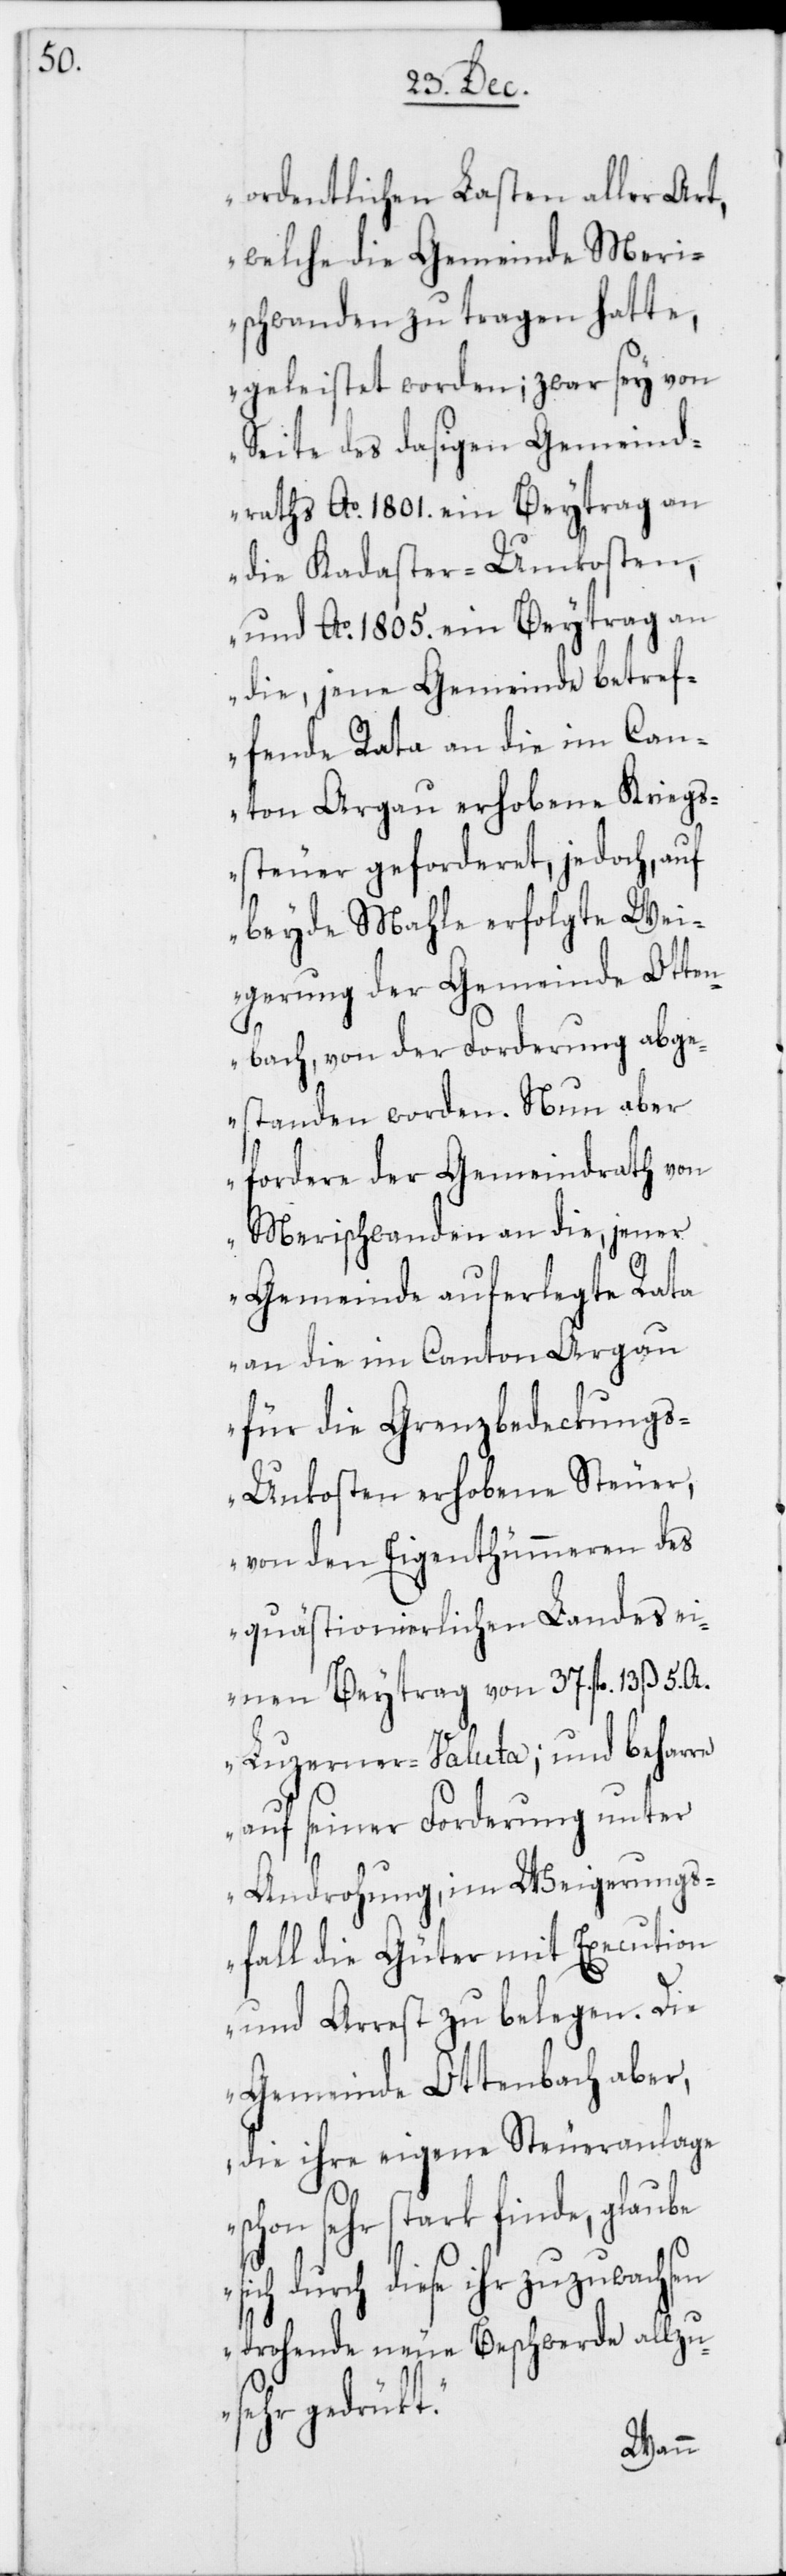
t.

ordentlichen Lasten aller Art,
welche die Gemeinde Meri¬
schwanden zu tragen hatte,
geleistet worden; zwar sey von
Seite des dasigen Gemeind¬
raths Ao. 1801. ein Beytrag an
die Kadaster-Unkosten,
und Ao. 1805. ein Beytrag an
die, jene Gemeinde betref¬
fende Rata an die im Can¬
ton Argau erhobene Kriegs¬
steuer geforderet, jedoch, auf
beyde Mahle erfolgte Wei¬
gerung der Gemeinde Otten¬
bach, von der Forderung abge¬
standen worden. Nun aber
fordere der Gemeindrath von
Merischwanden an die, jener
Gemeinde auferlegte Rata
an die im Canton Argau
für die Grenzbedeckung¬
s-Unkosten erhobene Steuer,
von den Eigentümmeren des
quästionierlichen Landes ei¬
nen Beytrag von 37. fl. 13. ß 5.
Luzerner-Valuta; und beharre
auf seiner Forderung unter
Androhung, im Weigerungs¬
fall die Güter mit Execution
und Arrest zu belegen. Die
Gemeinde Ottenbach aber,
die ihre eigene Steueranlage
sehr stark finde, glaube
durch diese ihr zuzuwachsen
drohende neue Beschwerde allzu¬
sehr gedrück¬